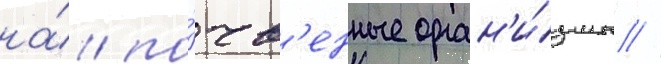
на́ по́чв'енные орган'и́змы //